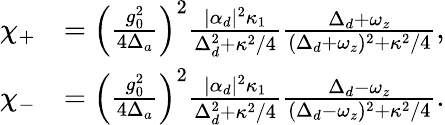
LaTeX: \begin{array}{rl}{\chi_{+}}&{=\left(\frac{g_{0}^{2}}{4\Delta_{a}}\right)^{2}\frac{|\alpha_{d}|^{2}\kappa_{1}}{\Delta_{d}^{2}+\kappa^{2}/4}\frac{\Delta_{d}+\omega_{z}}{(\Delta_{d}+\omega_{z})^{2}+\kappa^{2}/4},}\\ {\chi_{-}}&{=\left(\frac{g_{0}^{2}}{4\Delta_{a}}\right)^{2}\frac{|\alpha_{d}|^{2}\kappa_{1}}{\Delta_{d}^{2}+\kappa^{2}/4}\frac{\Delta_{d}-\omega_{z}}{(\Delta_{d}-\omega_{z})^{2}+\kappa^{2}/4}.}\end{array}